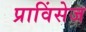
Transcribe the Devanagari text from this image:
प्राविंसेज